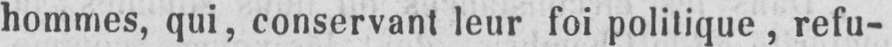
hommes, qui, conservant leur foi politique, refu-